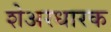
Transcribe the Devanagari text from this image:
शेअरधारक